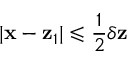
| \mathbf { x } - \mathbf { z } _ { 1 } | \leqslant \frac 1 2 \delta \mathbf { z }